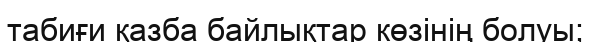
табиғи қазба байлықтар көзінің болуы;